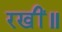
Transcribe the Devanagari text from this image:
रखीं॥